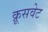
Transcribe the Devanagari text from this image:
क्रूसवेट